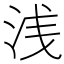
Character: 浅